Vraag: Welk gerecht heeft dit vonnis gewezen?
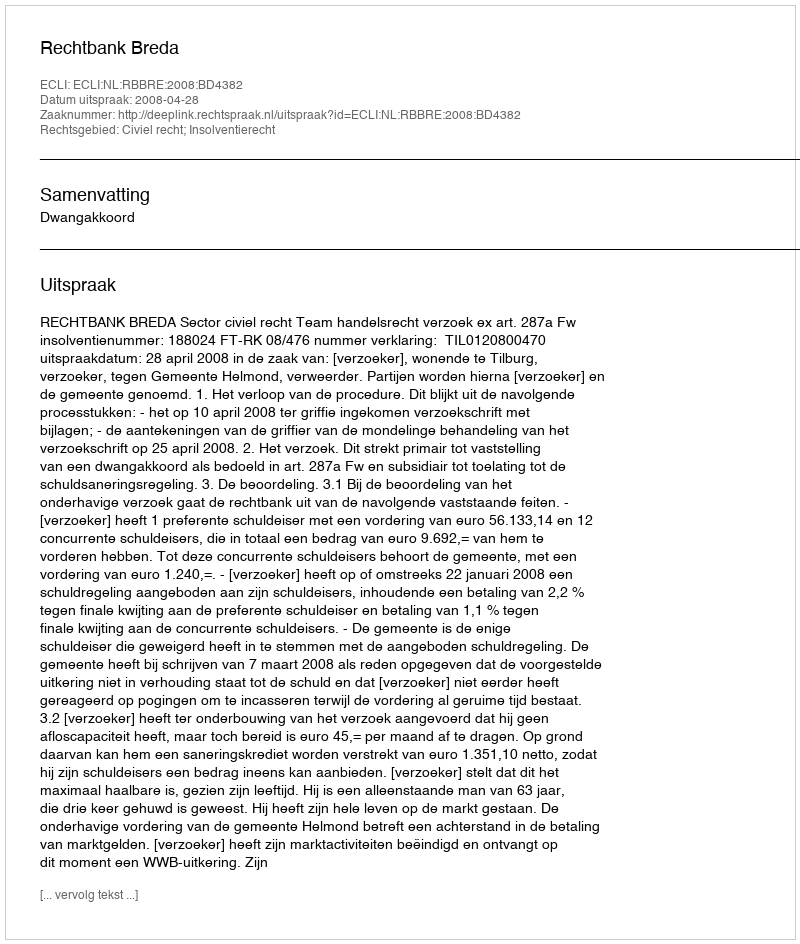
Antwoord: Rechtbank Breda